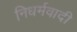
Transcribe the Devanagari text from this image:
निधर्मवादी